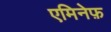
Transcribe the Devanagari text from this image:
एमिनेफ़